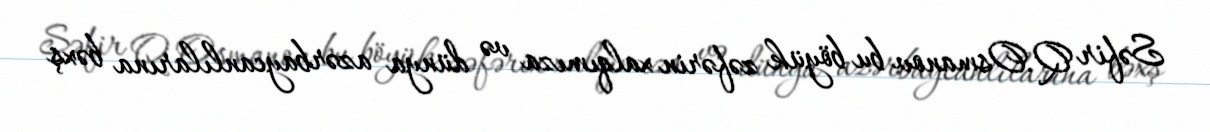
Səfir Q.Osmanov bu böyük zəfərin xalqımıza və dünya azərbaycanlılarına bəxş